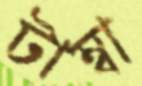
টাম্বা